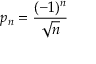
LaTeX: p _ { n } = { \frac { ( - 1 ) ^ { n } } { \sqrt { n } } }